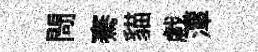
閜騫貓戲潭